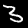
Label: 3